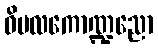
ဝိမလကောဏ္ဍညော